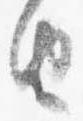
由